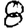
Digit: 8